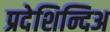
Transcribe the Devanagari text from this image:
प्रदेशिन्दिअ